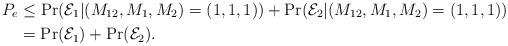
LaTeX: \begin{align*}P_e&\leq \Pr(\mathcal{E}_1|(M_{12},M_1,M_2)=(1,1,1))+\Pr(\mathcal{E}_2|(M_{12},M_1,M_2)=(1,1,1))\\&= \Pr(\mathcal{E}_1)+\Pr(\mathcal{E}_2).\end{align*}